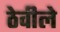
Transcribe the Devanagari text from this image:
ठेवीले